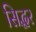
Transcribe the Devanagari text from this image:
सिद्धर